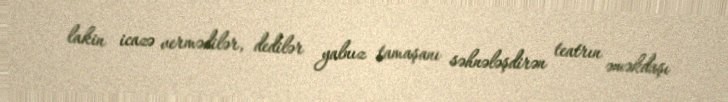
lakin icazə vermədilər, dedilər yalnız tamaşanı səhnələşdirən teatrın əməkdaşı